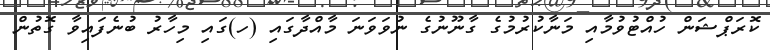
ކޮރަޕްޝަން ހުއްޓުވުމާއި މަނާކުރުމުގެ ގާނޫނުގެ ނުވަވަނަ މާއްދާގައި (ހ)ގައި މިހާރު ބުނެފައިވާ ގޮތުން